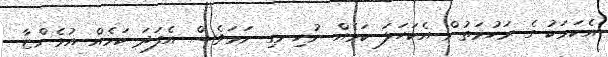
އެކަމަކު ގެ ރަހުމަތުން އެކަހަލަ ކަމެއް ނުހިނގި ނަމަވެސް އެފަދަ ކަމެއް އުޅެންޏާ